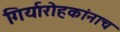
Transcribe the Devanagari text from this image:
गिर्यारोहकांनाच